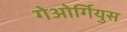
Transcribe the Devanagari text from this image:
गेओर्गियुस